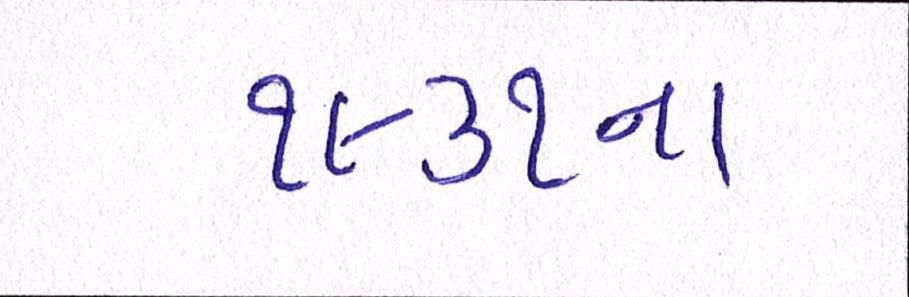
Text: ૧૯૩૧ના